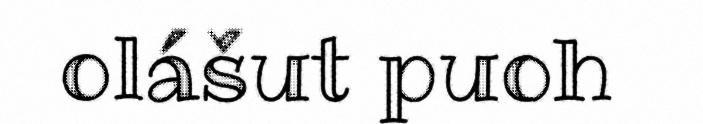
olášut puoh